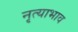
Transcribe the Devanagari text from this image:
नृत्याभाव